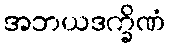
အဘယဒက္ခိဏံ